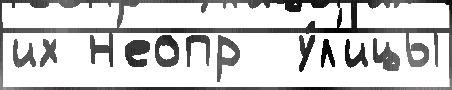
их н'еопр  у́л'ицы